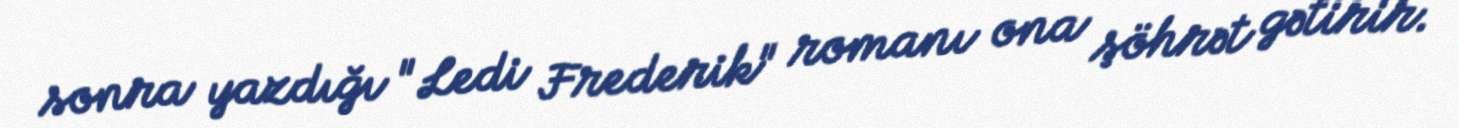
sonra yazdığı "Ledi Frederik" romanı ona şöhrət gətirir.